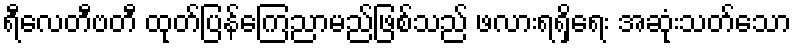
ရီလေတီဗတီ ထုတ်ပြန်ကြေညာမည်ဖြစ်သည် ဖလားရရှိရေး အဆုံးသတ်သော